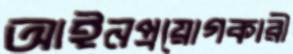
আইনপ্রয়োগকারী